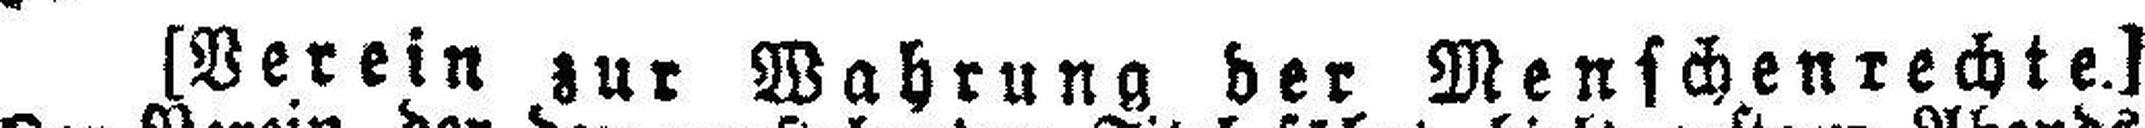
[Verein zur Wahrung der Menschenrechte.]